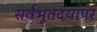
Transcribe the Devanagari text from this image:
सर्वभूतदयापर